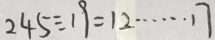
2 4 5 \div 1 9 = 1 2 \cdots 1 7